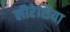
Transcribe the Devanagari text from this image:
लौरेशिया